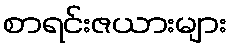
စာရင်းဇယားများ